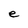
Character: e